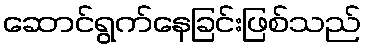
ဆောင်ရွက်နေခြင်းဖြစ်သည်